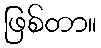
ဖြစ်တာ။